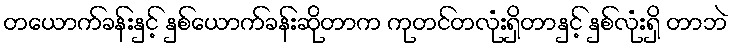
တယောက်ခန်းနှင့် နှစ်ယောက်ခန်းဆိုတာက ကုတင်တလုံးရှိတာနှင့် နှစ်လုံးရှိ တာဘဲ